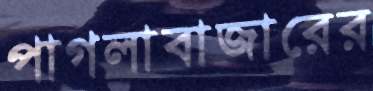
পাগলাবাজারের